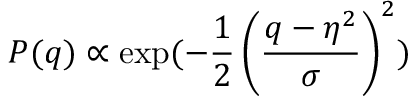
P ( q ) \propto \exp ( - \frac { 1 } { 2 } \left( \frac { q - \eta ^ { 2 } } { \sigma } \right) ^ { 2 } )